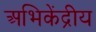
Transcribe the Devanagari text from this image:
अभिकेंद्रीय